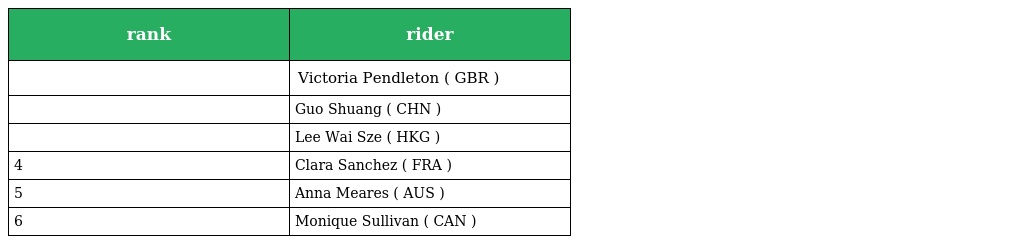
| rank | rider |
 | --- | --- |
 |  | Victoria Pendleton ( GBR ) |
 |  | Guo Shuang ( CHN ) |
 |  | Lee Wai Sze ( HKG ) |
 | 4 | Clara Sanchez ( FRA ) |
 | 5 | Anna Meares ( AUS ) |
 | 6 | Monique Sullivan ( CAN ) |